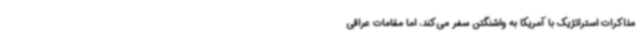
مذاکرات استراتژیک با آمریکا به واشنگتن سفر می‌کند، اما مقامات عراقی